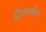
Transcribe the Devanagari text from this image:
द्विक्षारकीय